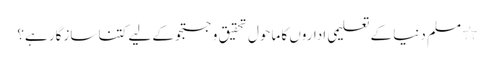
٭ مسلم دنیا کے تعلیمی اداروں کا ماحول تحقیق و جستجو کے لیے کتنا سازگار ہے؟